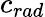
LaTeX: c_{rad}